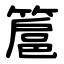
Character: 簄